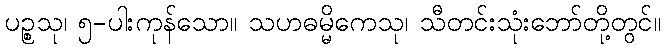
ပဉ္စသု၊ ၅-ပါးကုန်သော။ သဟဓမ္မိကေသု၊ သီတင်းသုံးဘော်တို့တွင်။